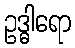
ဥဒ္ဓါရော